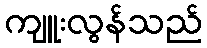
ကျူးလွန်သည်